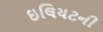
ઇલિયટની